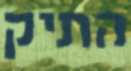
התיק